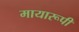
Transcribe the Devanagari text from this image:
मायारूपी